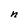
Character: n